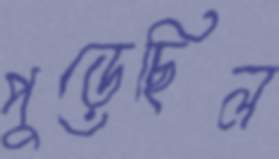
পুড়েছিল